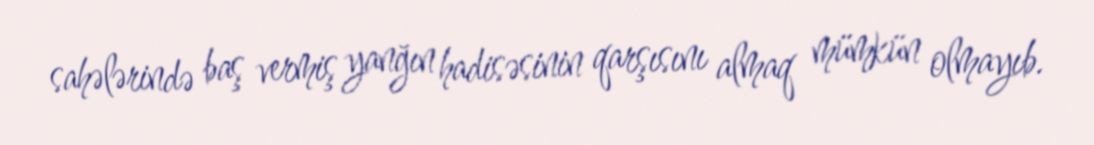
sahələrində baş vermiş yanğın hadisəsinin qarşısını almaq mümkün olmayıb.